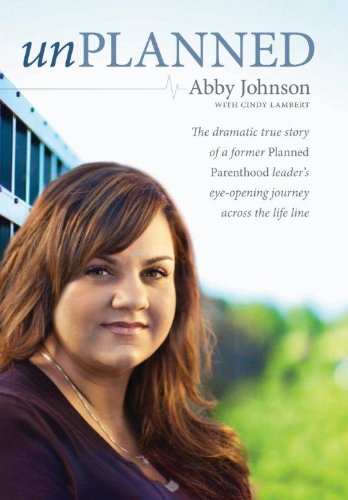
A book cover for Unplanned: The  dramatic true story of a former Planned Parenthood leader's eye-opening journey across the life line.; Abby Johnson; Politics & Social Sciences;